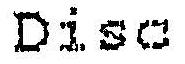
DISC